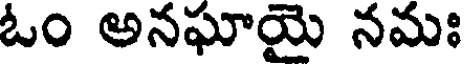
ఓం అనఘాయై నమః